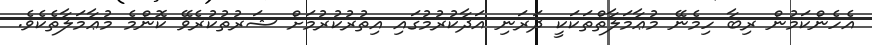
އެހެންކަމުން ރިބާ ހިމެނޭ މުޢާމަލާތްތަކަކީ ދަރަނި އަދާކުރުމުގައި އިތުރުކުރުމަށް ޝަރުތުކުރެވޭ ކޮންމެ މުޢާމަލާތެކެވެ.